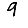
Digit: 9